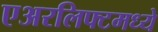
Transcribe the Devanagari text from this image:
एअरलिफ्टमध्ये